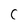
Character: C